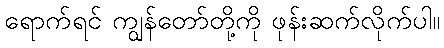
ရောက်ရင် ကျွန်တော်တို့ကို ဖုန်းဆက်လိုက်ပါ။